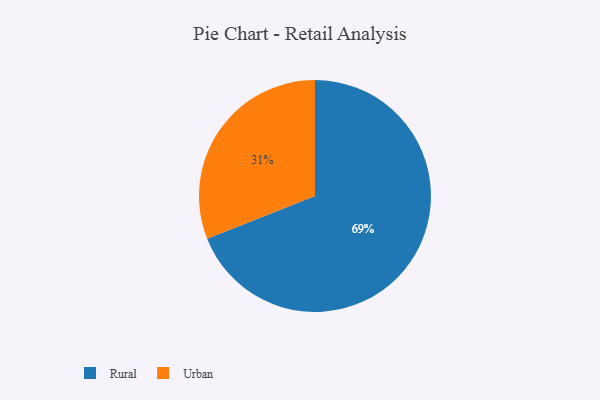
{"axis": {"x": "Category", "y": "Percentage"}, "legend": ["Rural", "Urban"], "data": [{"x": "Urban", "y": 31, "type": "Urban"}, {"x": "Rural", "y": 69, "type": "Rural"}]}